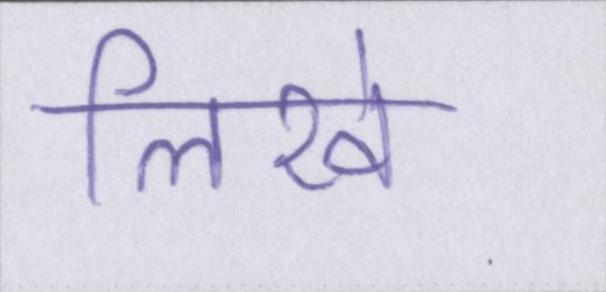
लिखे